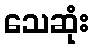
သေဆုံး